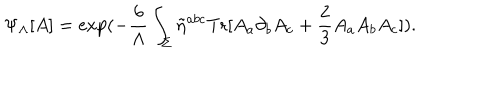
\Psi _ { \Lambda } [ A ] = \mathrm { e x p } ( - \frac { 6 } { \Lambda } \int _ { \Sigma } \tilde { \eta } ^ { a b c } \mathrm { T r } [ A _ { a } \partial _ { b } A _ { c } + \frac { 2 } { 3 } A _ { a } A _ { b } A _ { c } ] ) .